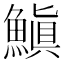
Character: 𩺘